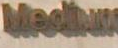
Madhum